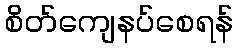
စိတ်ကျေနပ်စေရန်